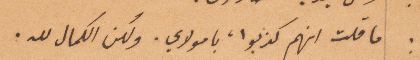
ما قلت انهم كذبوا، يا مولاي، ولكن الكمال لله.